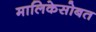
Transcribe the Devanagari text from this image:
मालिकेसोबत